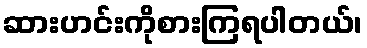
ဆားဟင်းကိုစားကြရပါတယ်၊